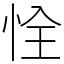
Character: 恮